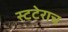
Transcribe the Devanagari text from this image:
स्टटेराच